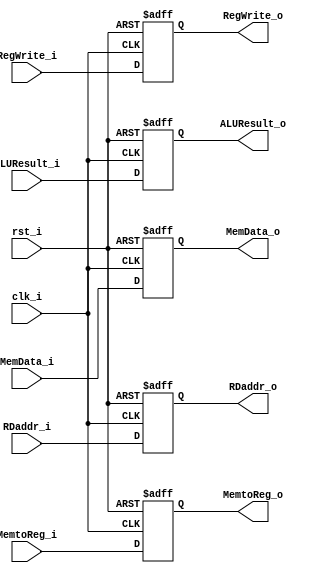
module MEM_WB_Register
(
    clk_i,
    rst_i,
    RegWrite_i,
    MemtoReg_i,
    ALUResult_i,
    MemData_i,
    RDaddr_i,
    RegWrite_o,
    MemtoReg_o,
    ALUResult_o,
    MemData_o,
    RDaddr_o
);

input clk_i;
input rst_i;
input RegWrite_i;
input MemtoReg_i;
input [31:0] ALUResult_i;
input [31:0] MemData_i;
input [4:0] RDaddr_i;
output RegWrite_o;
output MemtoReg_o;
output [31:0] ALUResult_o;
output [31:0] MemData_o;
output [4:0] RDaddr_o;

reg RegWrite_o;
reg MemtoReg_o;
reg [31:0] ALUResult_o;
reg [31:0] MemData_o;
reg [4:0] RDaddr_o;

always @(posedge clk_i or negedge rst_i) begin
    if (~rst_i) begin
        RegWrite_o <= 0;
        MemtoReg_o <= 0;
        ALUResult_o <= 0;
        MemData_o <= 0;
        RDaddr_o <= 0;
    end
    else begin
        RegWrite_o <= RegWrite_i;
        MemtoReg_o <= MemtoReg_i;
        ALUResult_o <= ALUResult_i;
        MemData_o <= MemData_i;
        RDaddr_o <= RDaddr_i;
    end
end

endmodule